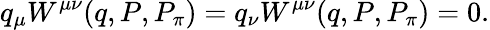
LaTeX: q_{\mu}W^{\mu\nu}(q,P,P_{\pi})=q_{\nu}W^{\mu\nu}(q,P,P_{\pi})=0.